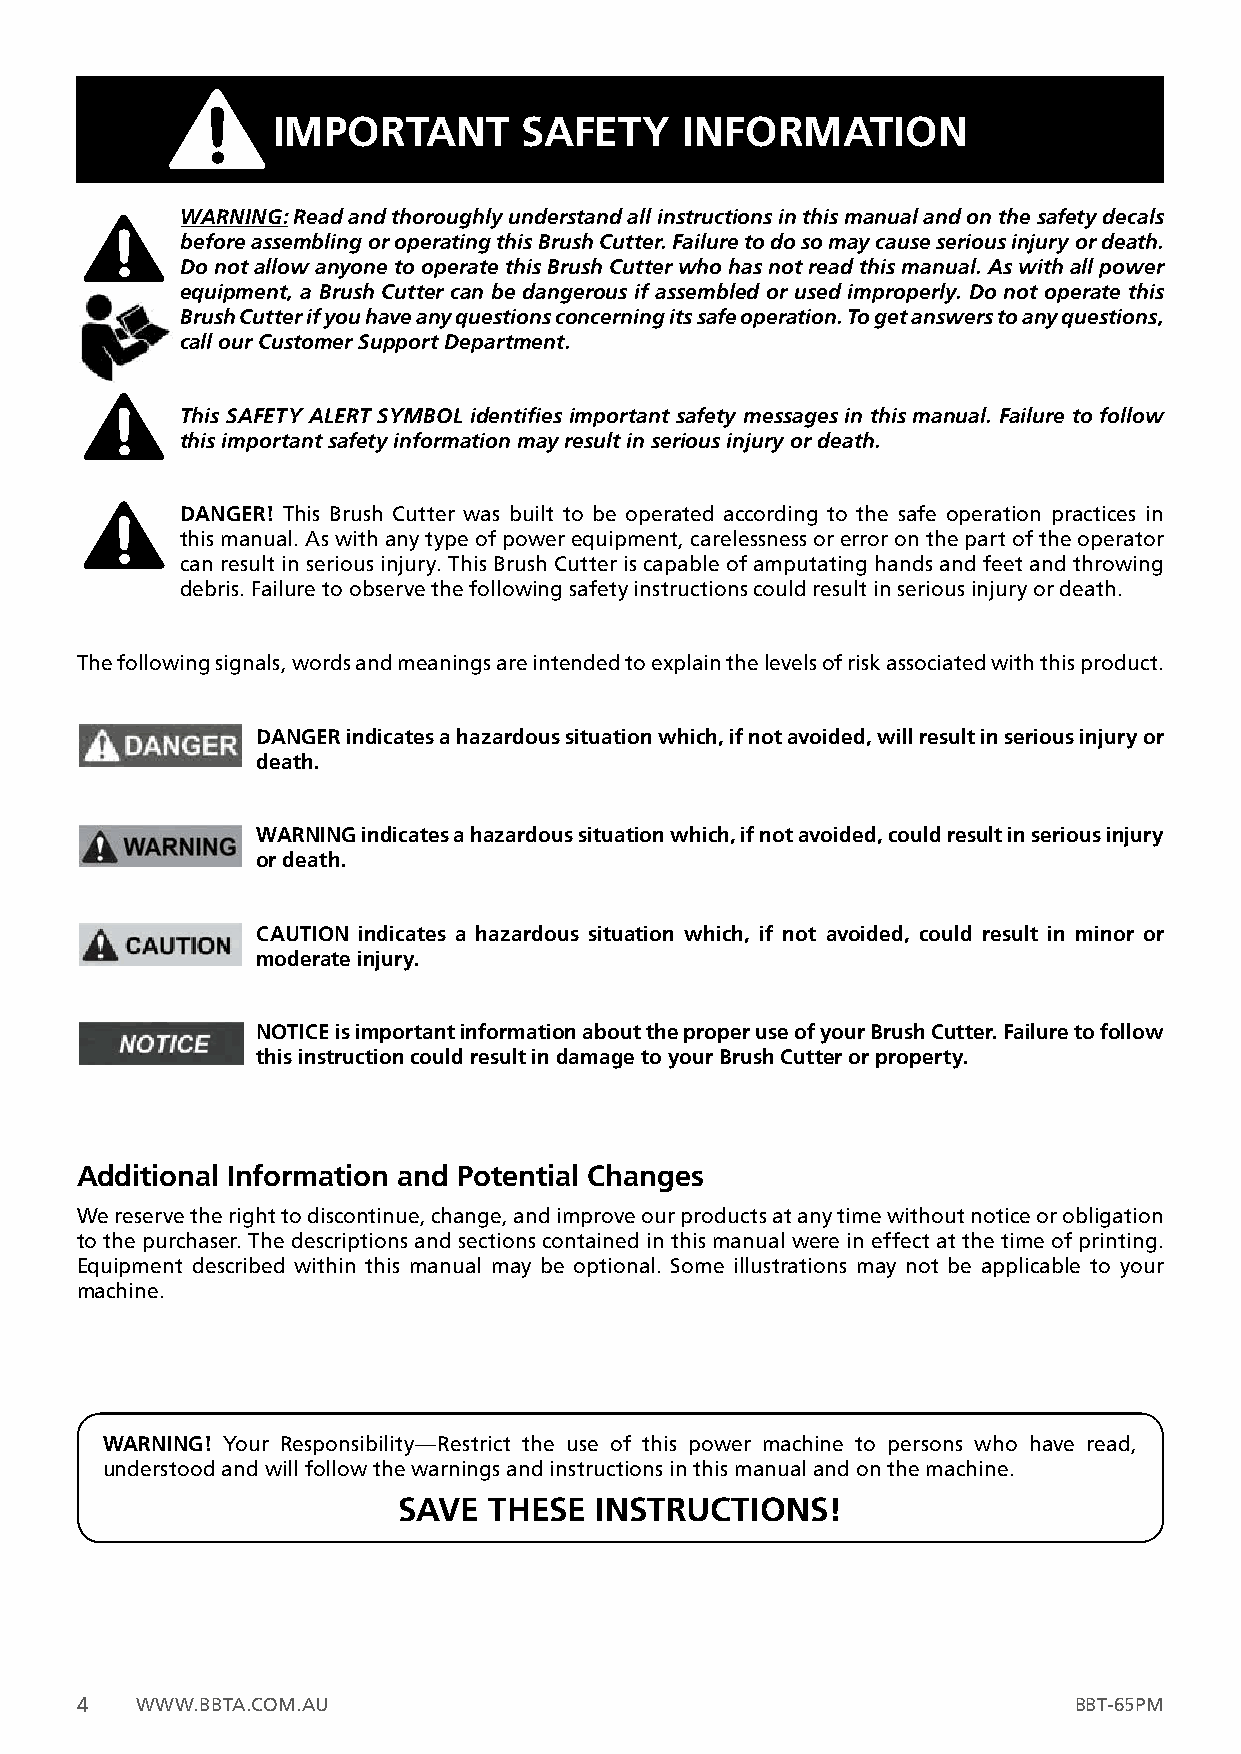
IMPORTANT        SAFETY    INFORMATION
 WARNING: Read and thoroughly understand all instructions in this manual and on the safety decals
 before assembling or operating this Brush Cutter. Failure to do so may cause serious injury or death.
 Do not allow anyone to operate this Brush Cutter who has not read this manual. As with all power
 equipment, a Brush Cutter can be dangerous if assembled or used improperly. Do not operate this
 Brush Cutter if you have any questions concerning its safe operation. To get answers to any questions,
 call our Customer Support Department.
 This SAFETY ALERT SYMBOL identifies important safety messages in this manual. Failure to follow
 this important safety information may result in serious injury or death.
 DANGER! This Brush Cutter was built to be operated according to the safe operation practices in
 this manual. As with any type of power equipment, carelessness or error on the part of the operator
 can result in serious injury. This Brush Cutter is capable of amputating hands and feet and throwing
 debris. Failure to observe the following safety instructions could result in serious injury or death.
 The following signals, words and meanings are intended to explain the levels of risk associated with this product.
 DANGER indicates a hazardous situation which, if not avoided, will result in serious injury or
 death.
 WARNING indicates a hazardous situation which, if not avoided, could result in serious injury
 or death.
 CAUTION indicates a hazardous situation which, if not avoided, could result in minor or
 moderate injury.
 NOTICE is important information about the proper use of your Brush Cutter. Failure to follow
 this instruction could result in damage to your Brush Cutter or property.
 Additional Information and Potential Changes
 We reserve the right to discontinue, change, and improve our products at any time without notice or obligation
 to the purchaser. The descriptions and sections contained in this manual were in effect at the time of printing.
 Equipment described within this manual may be optional. Some illustrations may not be applicable to your
 machine.
 WARNING! Your Responsibility—Restrict the use of this power machine to persons who have read,
 understood and will follow the warnings and instructions in this manual and on the machine.
 SAVE  THESE  INSTRUCTIONS!
 4   WWW.BBTA.COM.AU                                               BBT-65PM